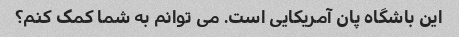
این باشگاه پان آمریکایی است. می توانم به شما کمک کنم؟